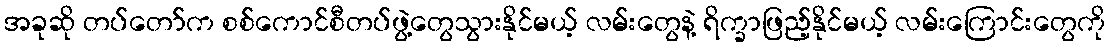
အခုဆို တပ်တော်က စစ်ကောင်စီတပ်ဖွဲ့တွေသွားနိုင်မယ့် လမ်းတွေနဲ့ ရိက္ခာဖြည့်နိုင်မယ့် လမ်းကြောင်းတွေကို